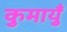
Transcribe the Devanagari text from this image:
कुमायुँ